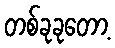
တစ်ခုခုတော့